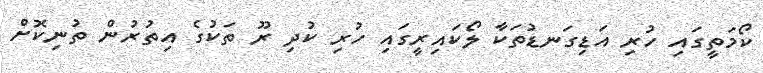
ކޯމަތީގައި ހުރި އަޑިގަނޑުތަކާ ލޯކައިރީގައި ހުރި ކުދި ރޫ ތަކުގެ އިތުރުން ތުނިކޮށް